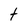
Character: t